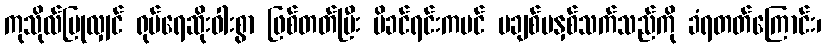
ကုသိုလ်ပြုလျှင် ရုပ်ရေဆိုးဝါးစွာ ဖြစ်တတ်ပြီး မိခင်ရင်းကပင် မချစ်မနှစ်သက်သည်ကို ခံရတတ်ကြောင်း၊